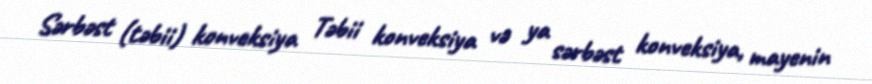
Sərbəst (təbii) konveksiya Təbii konveksiya və ya sərbəst konveksiya, mayenin